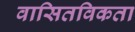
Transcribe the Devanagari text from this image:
वासितविकता